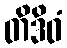
တိဒိဝံ